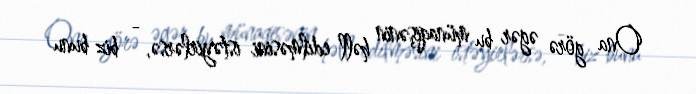
Ona görə əgər bu münaqişənin həll edilməsini istəyirlərsə, - biz bunu